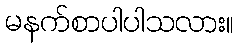
မနက်စာပါပါသလား။